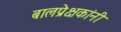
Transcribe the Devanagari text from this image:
बालप्रेक्षकांनी